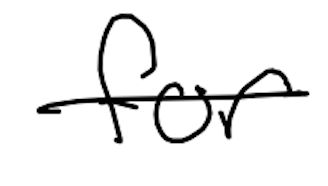
Text: for
Cross-out: single-line
Writing tool: digital_black